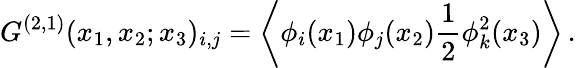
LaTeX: G^{(2,1)}(x_{1},x_{2};x_{3})_{i,j}=\left\langle{\phi}_{i}(x_{1}){\phi}_{j}(x_{2})\frac{1}{2}{\phi}_{k}^{2}(x_{3})\right\rangle\, .